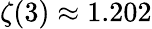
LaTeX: \zeta(3)\approx 1.202